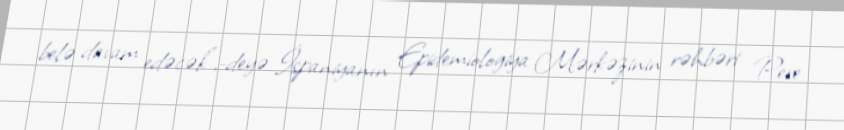
belə davam edəcək”,-deyə İspaniyanın Epidemiologiya Mərkəzinin rəhbəri Pere